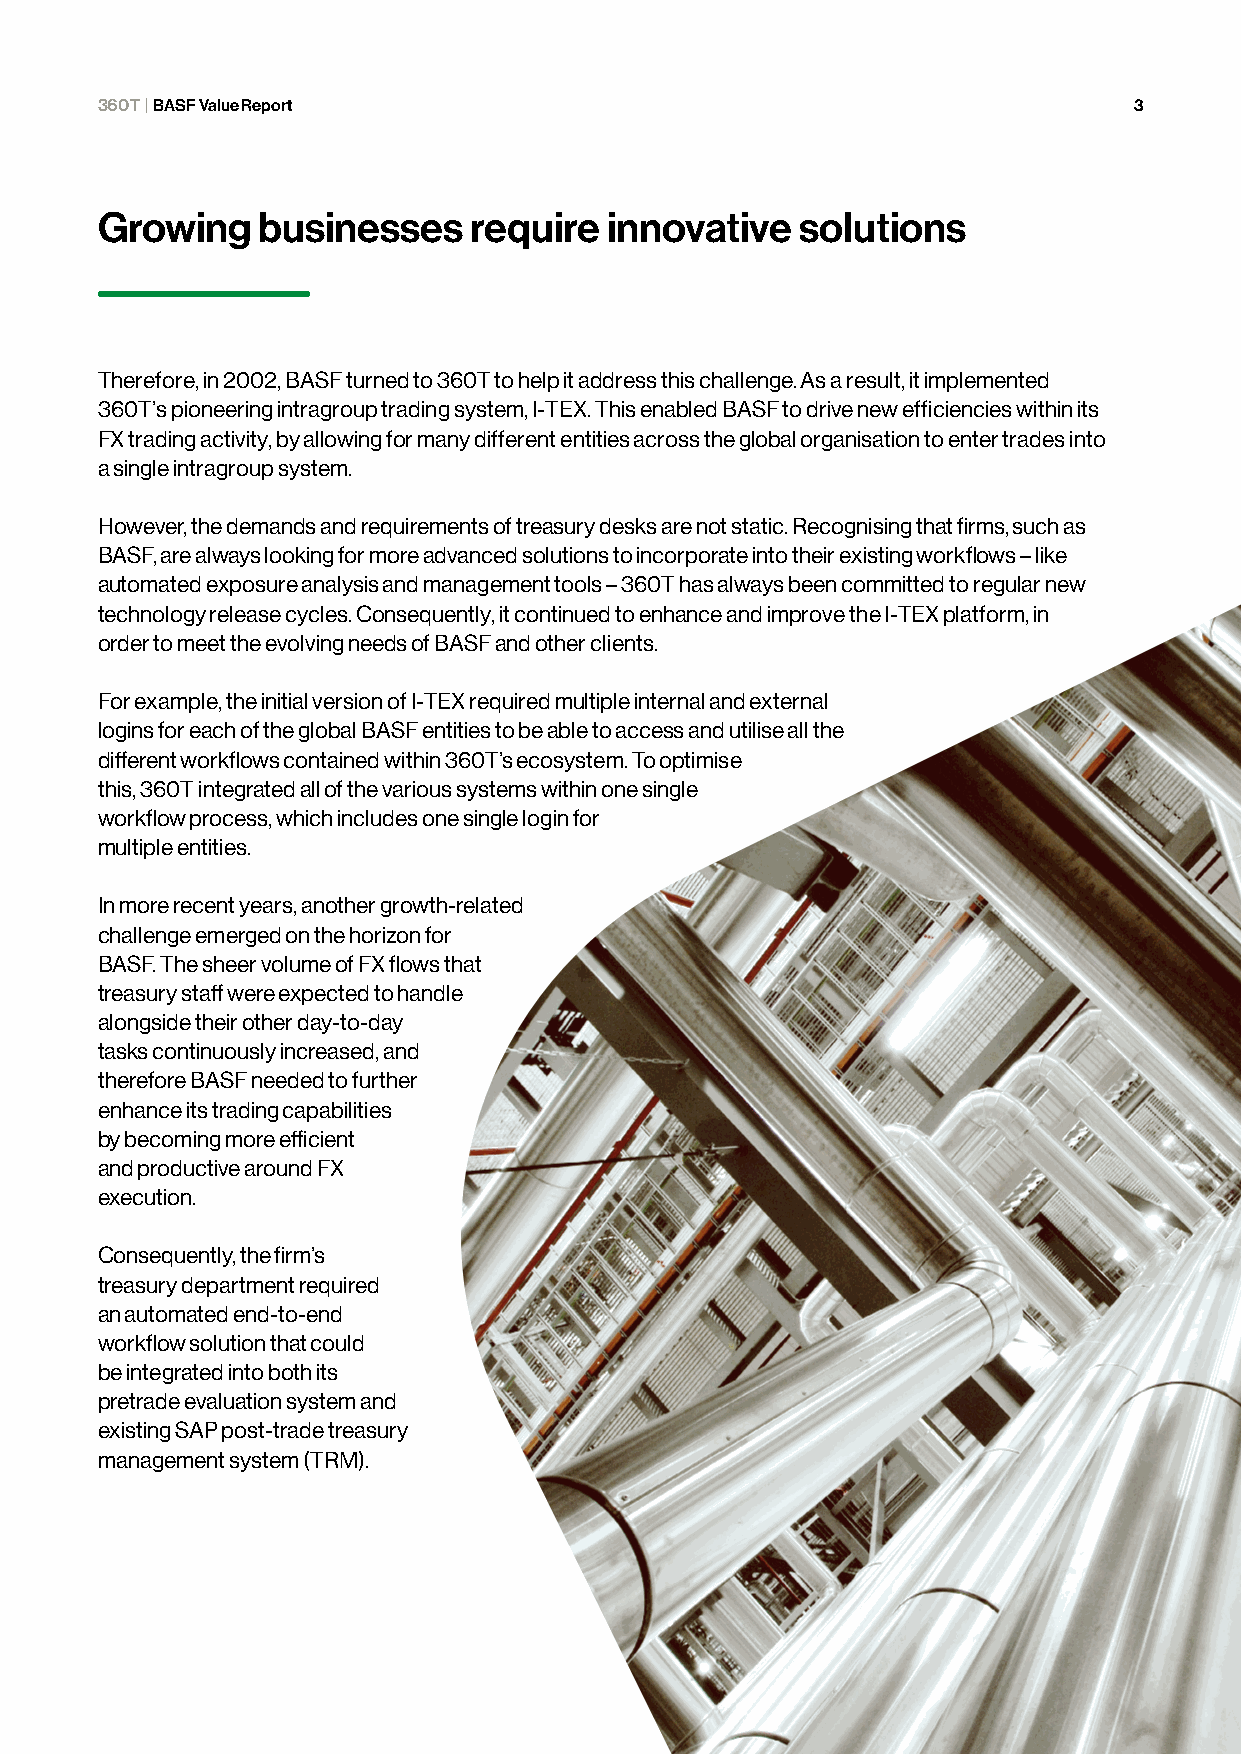
360T | BASF Value Report                                             3
 Growing    businesses    require  innovative   solutions
 Therefore, in 2002, BASF turned to 360T to help it address this challenge. As a result, it implemented
 360T’s pioneering intragroup trading system, I-TEX. This enabled BASF to drive new efficiencies within its
 FX trading activity, by allowing for many different entities across the global organisation to enter trades into
 a single intragroup system.
 However, the demands and requirements of treasury desks are not static. Recognising that firms, such as
 BASF, are always looking for more advanced solutions to incorporate into their existing workflows – like
 automated exposure analysis and management tools – 360T has always been committed to regular new
 technology release cycles. Consequently, it continued to enhance and improve the I-TEX platform, in
 order to meet the evolving needs of BASF and other clients.
 For example, the initial version of I-TEX required multiple internal and external
 logins for each of the global BASF entities to be able to access and utilise all the
 different workflows contained within 360T’s ecosystem. To optimise
 this, 360T integrated all of the various systems within one single
 workflow process, which includes one single login for
 multiple entities.
 In more recent years, another growth-related
 challenge emerged on the horizon for
 BASF. The sheer volume of FX flows that
 treasury staff were expected to handle
 alongside their other day-to-day
 tasks continuously increased, and
 therefore BASF needed to further
 enhance its trading capabilities
 by becoming more efficient
 and productive around FX
 execution.
 Consequently, the firm’s
 treasury department required
 an automated end-to-end
 workflow solution that could
 be integrated into both its
 pretrade evaluation system and
 existing SAP post-trade treasury
 management system (TRM).